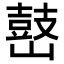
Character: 𡽌